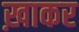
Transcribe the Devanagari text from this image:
ख़ाकर